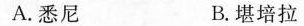
A.悉尼 B.堪培拉